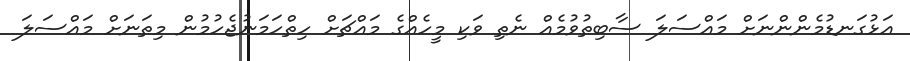
އަޅުގަނޑުމެންންނަށް މައްސަލަ ސާބިތުވުމެއް ނެތި ވަކި މީހެއްގެ މައްޗަށް ހިތްހަމަނުޖެހުމުން މިތަނަށް މައްސަލަ